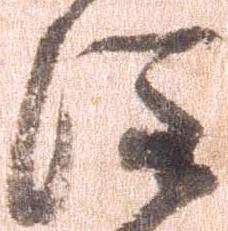
注